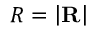
R = \left| \mathbf { R } \right|